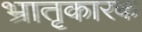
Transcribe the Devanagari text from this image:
भ्रातृकारक